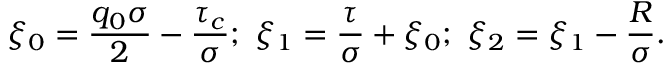
\xi _ { 0 } = \frac { q _ { 0 } \sigma } { 2 } - \frac { \tau _ { c } } { \sigma } ; \ \xi _ { 1 } = \frac { \tau } { \sigma } + \xi _ { 0 } ; \ \xi _ { 2 } = \xi _ { 1 } - \frac { R } { \sigma } .